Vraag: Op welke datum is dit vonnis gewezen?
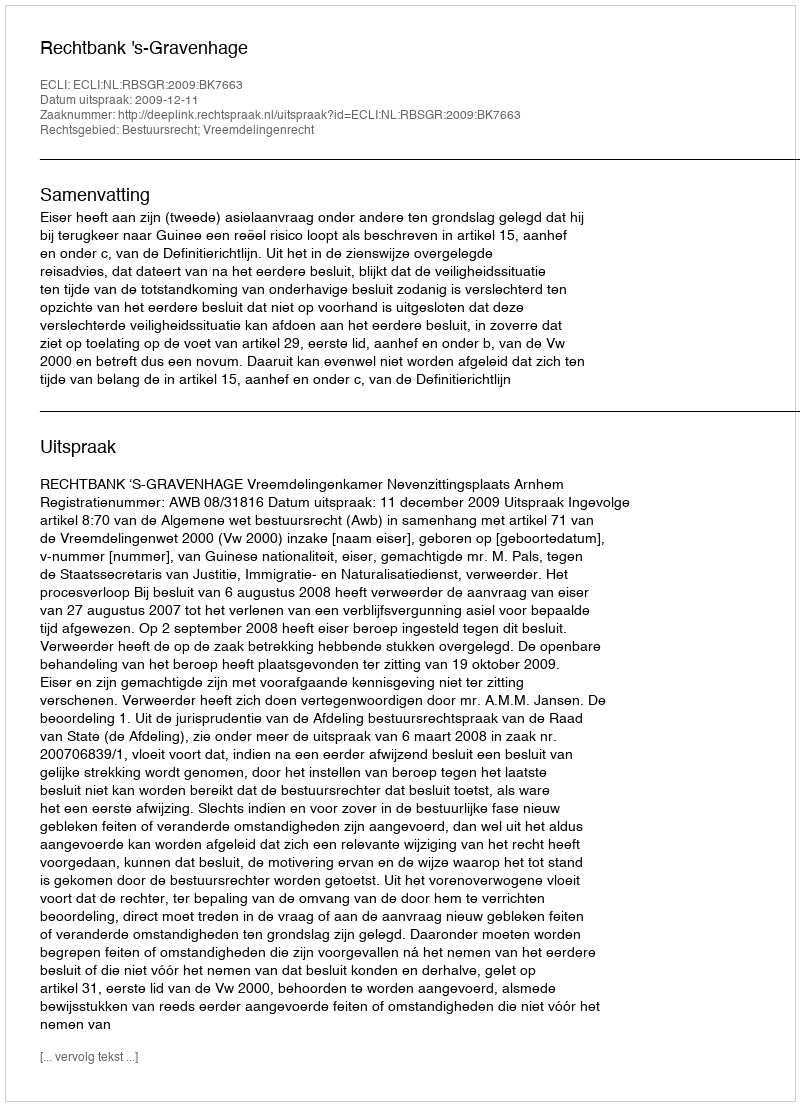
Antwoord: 2009-12-11